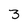
Character: 3